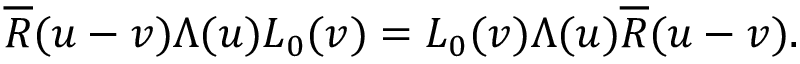
\overline { { R } } ( u - v ) \Lambda ( u ) L _ { 0 } ( v ) = L _ { 0 } ( v ) \Lambda ( u ) \overline { { R } } ( u - v ) .